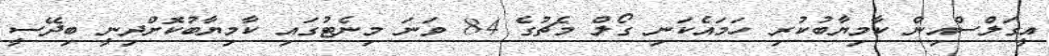
އީގަލްސްއިން ކާމިޔާބުކުރި ހަމައެކަނި ގޯލް މެޗުގެ 84 ވަނަ މިނެޓުގައި ކާމިޔާބުކޮށްދިނީ ބިދޭސީ